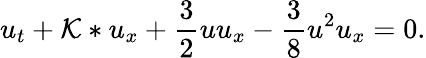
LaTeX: u_{t}+\mathcal{K}*u_{x}+\frac{3}{2}uu_{x}-\frac{3}{8}u^{2}u_{x}=0.